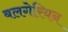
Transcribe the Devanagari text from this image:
बलगेरियन